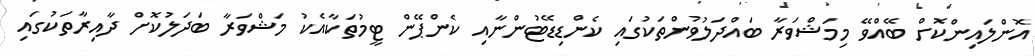
އޮންލައިންކޮށް ބޭއްވޭ މިމަޝްވަރާ ބައްދަލުވުންތަކުގައި ކެންޑިޑޭޓުންނާއި ކެންޕޭން ޓީމުތަކާއެކު މަޝްވަރާ ބަދަލުކޮށް ދާއިރާތަކުގައި